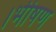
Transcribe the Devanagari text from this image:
।भीषण